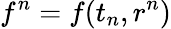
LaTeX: f^{n}=f(t_{n},r^{n})